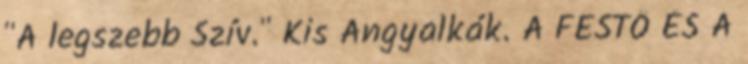
"A legszebb Szív." Kis Angyalkák. A FESTŐ ÉS A